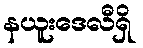
နယူးဒေလီရှိ